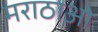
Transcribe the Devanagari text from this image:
मराठाओ